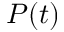
P ( t )